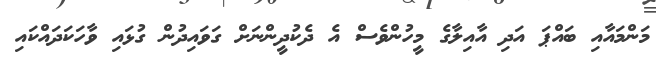
މަންމައާއި ބައްޕަ އަދި އާއިލާގެ މީހުންވެސް އެ ދެކުދީންނަށް ގަވައިދުން ގުޅައި ވާހަކަދައްކައި